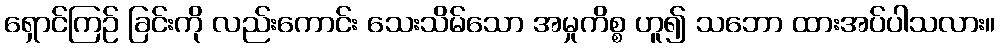
ရှောင်ကြဉ် ခြင်းကို လည်းကောင်း သေးသိမ်သော အမှုကိစ္စ ဟူ၍ သဘော ထားအပ်ပါသလား။